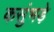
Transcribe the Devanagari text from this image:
कसुंभड़े